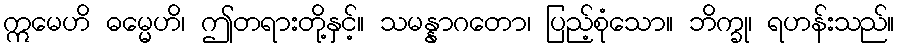
ဣမေဟိ ဓမ္မေဟိ၊ ဤတရားတို့နှင့်။ သမန္နာဂတော၊ ပြည့်စုံသော။ ဘိက္ခု၊ ရဟန်းသည်။